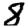
Digit: 8